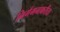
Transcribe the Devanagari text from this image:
निर्गमनाकरीता